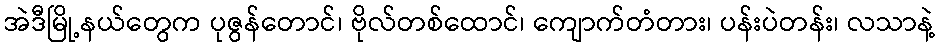
အဲဒီမြို့နယ်တွေက ပုဇွန်တောင်၊ ဗိုလ်တစ်ထောင်၊ ကျောက်တံတား၊ ပန်းပဲတန်း၊ လသာနဲ့